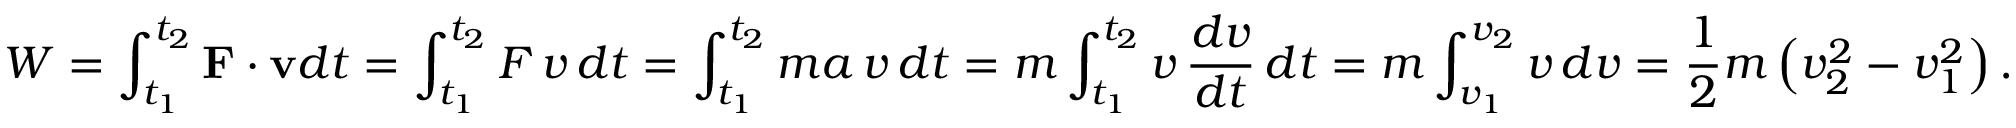
W = \int _ { t _ { 1 } } ^ { t _ { 2 } } \mathbf { F } \cdot \mathbf { v } d t = \int _ { t _ { 1 } } ^ { t _ { 2 } } F \, v \, d t = \int _ { t _ { 1 } } ^ { t _ { 2 } } m a \, v \, d t = m \int _ { t _ { 1 } } ^ { t _ { 2 } } v \, { \frac { d v } { d t } } \, d t = m \int _ { v _ { 1 } } ^ { v _ { 2 } } v \, d v = { \frac { 1 } { 2 } } m \left( v _ { 2 } ^ { 2 } - v _ { 1 } ^ { 2 } \right) .